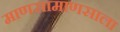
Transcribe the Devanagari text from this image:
माणसामाणसाला